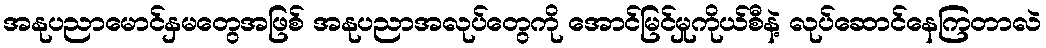
အနုပညာမောင်နှမတွေအဖြစ် အနုပညာအလုပ်တွေကို အောင်မြင်မှုကိုယ်စီနဲ့ လုပ်ဆောင်နေကြတာလဲ